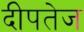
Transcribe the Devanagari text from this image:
दीपतेज